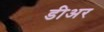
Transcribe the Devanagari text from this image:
डीअर